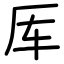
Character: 厍